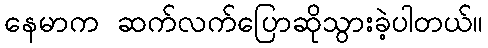
နေမာက ဆက်လက်ပြောဆိုသွားခဲ့ပါတယ်။